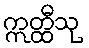
ဣတ္ထီသု